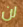
لن